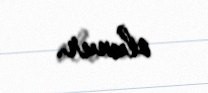
olunur.